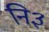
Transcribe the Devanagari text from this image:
नि३